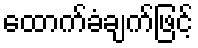
ထောက်ခံချက်ဖြင့်